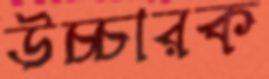
উচ্চারক